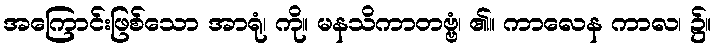
အကြောင်းဖြစ်သော အာရုံ၊ ကို။ မနသိကာတဗ္ဗံ၊ ၏။ ကာလေန ကာလ၊ ၌။